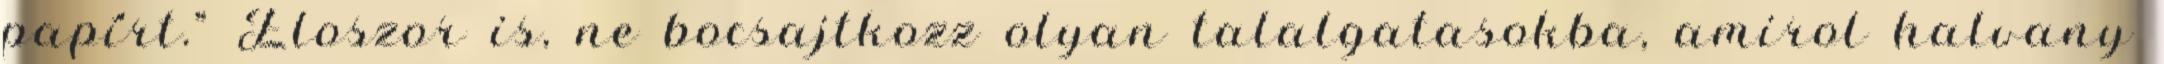
papírt." Eloszor is, ne bocsajtkozz olyan talalgatasokba, amirol halvany